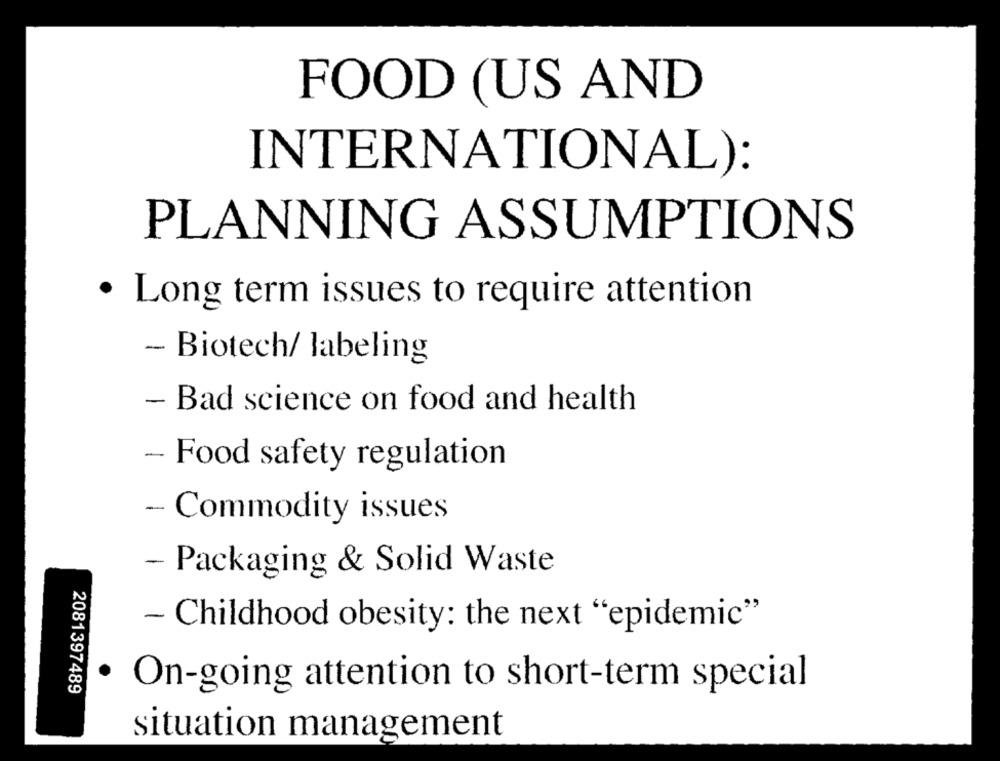
FOOD (US AND
INTERNATIONAL):
PLANNING ASSUMPTIONS
· Long term issues to require attention
- Biotech/ labeling
- Bad science on food and health
- Food safety regulation
- Commodity issues
- Packaging & Solid Waste
- Childhood obesity: the next "epidemic"
2081397489
· On-going attention to short-term special
situation management